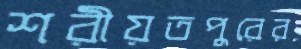
শরীয়তপুরের